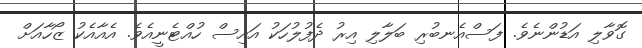
ގޮވާލި އަޑުންނެވެ. ފަސްއެނބުރި ބަލާލި އިރު ދެފުލުހަކު އައިސް ހުއްޓެނީއެވެ. އެއާއެކު ޒޯހާއަށް